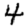
Digit: 4